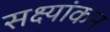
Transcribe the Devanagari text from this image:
सक्ष्यांकन